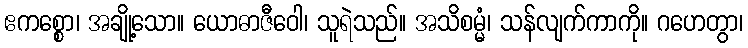
ဧကစ္စော၊ အချို့သော။ ယောဓာဇီဝေါ၊ သူရဲသည်။ အသိစမ္မံ၊ သန်လျက်ကာကို။ ဂဟေတွာ၊